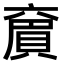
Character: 𠆄